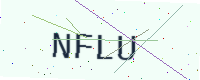
Text: NFLU